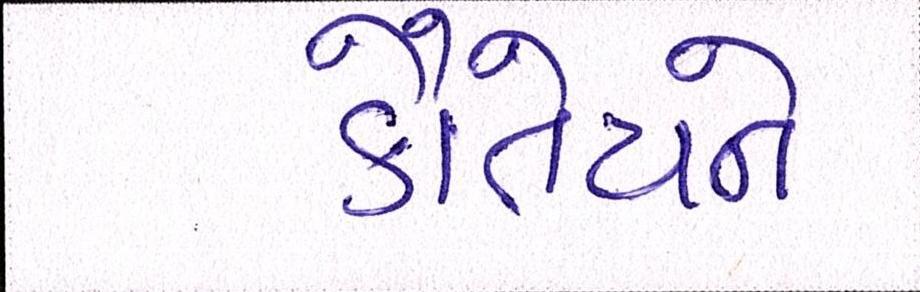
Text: કૌંતેયને